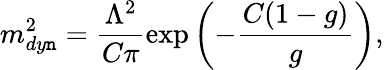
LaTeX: m_{dy\mathtt{n}}^{2}=\frac{{\Lambda^{2}}}{{C\pi}}\exp\left(-\frac{{C(1-g)}}{{g}}\right),